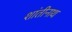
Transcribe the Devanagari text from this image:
शांतीनाथ